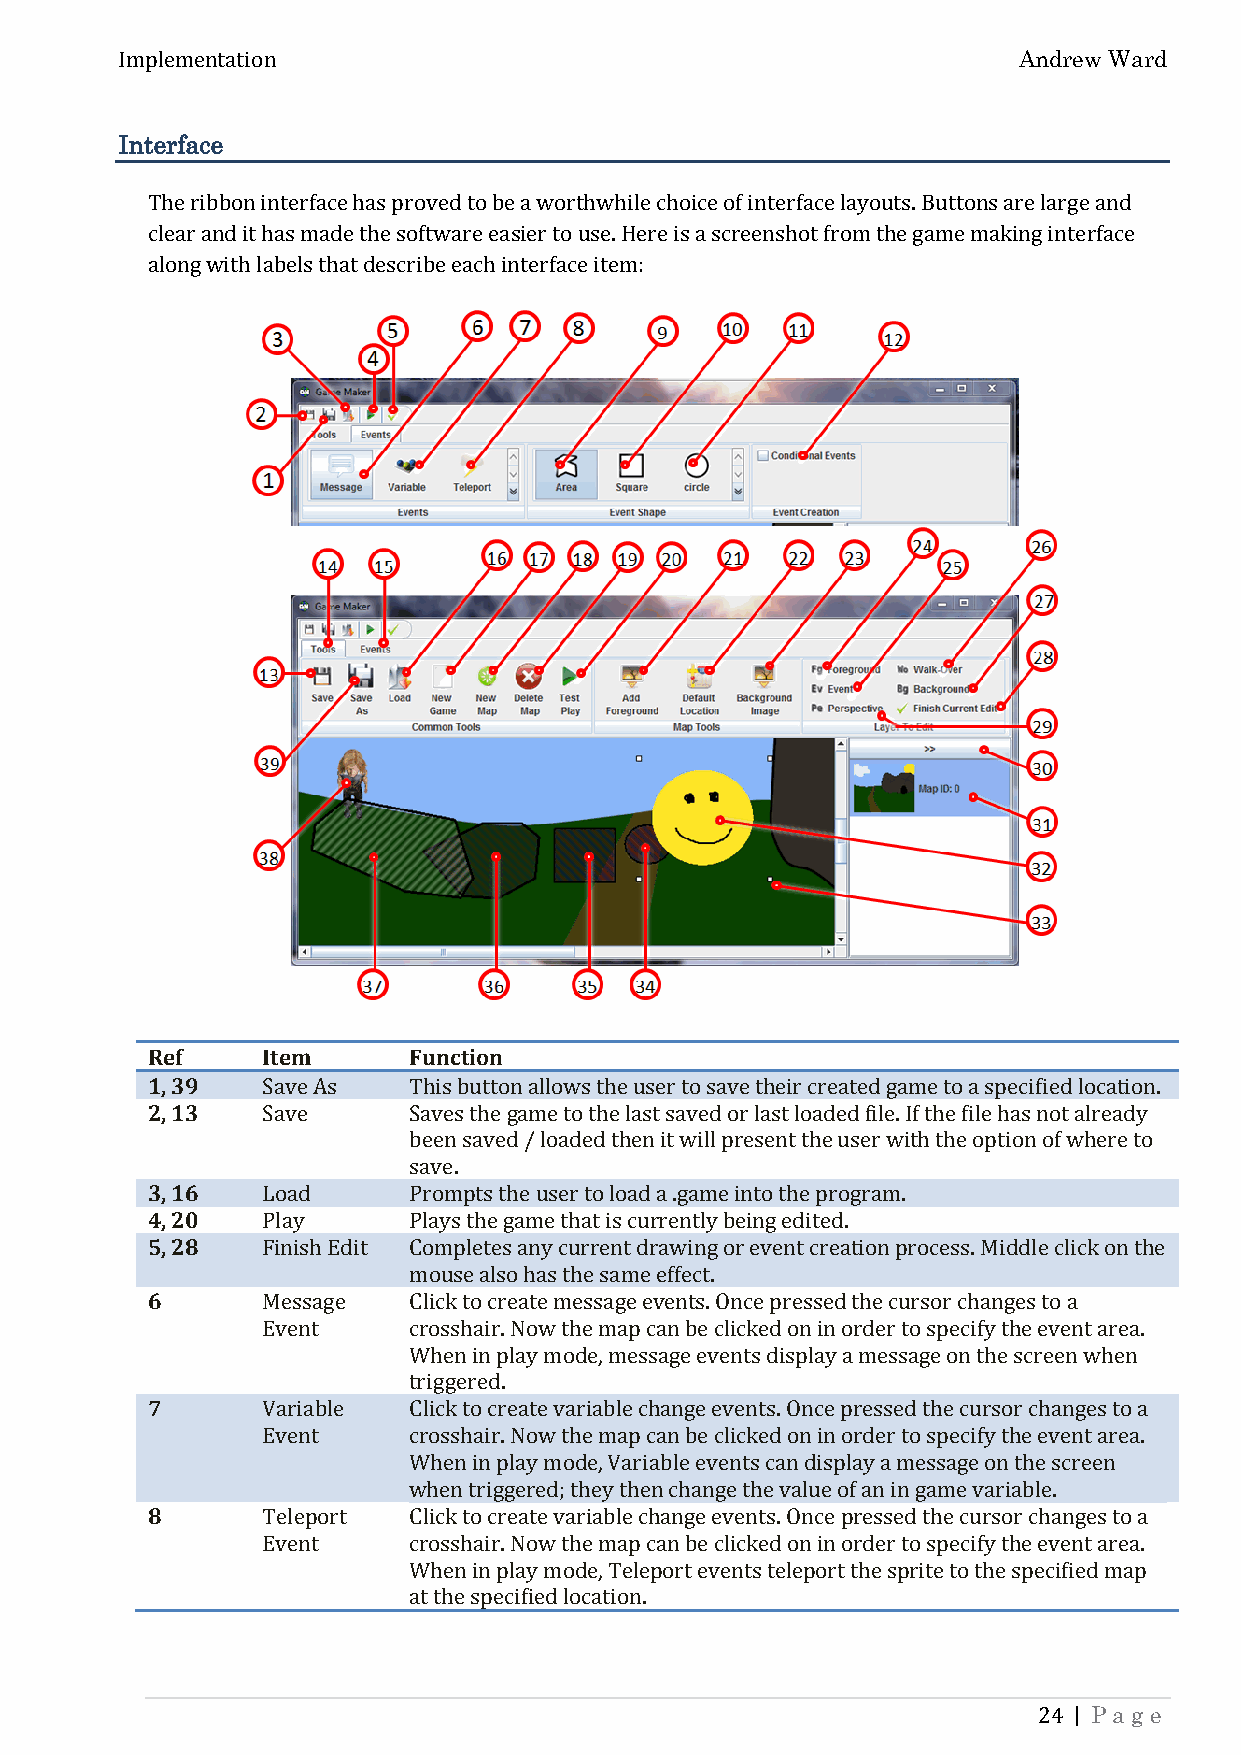
Andrew Ward
 Implementation
 Interface
 The ribbon interface has proved to be a worthwhile choice of interface layouts. Buttons are large and
 clear and it has made the software easier to use. Here is a screenshot from the game making interface
 along with labels that describe each interface item:
 Ref    Item      Function
 1, 39
 2, 13
 Save As   This button allows the user to save their created game to a specified location.
 Save      Saves the game to the last saved or last loaded file. If the file has not already
 3, 16            been saved / loaded then it will present the user with the option of where to
 4, 20            save.
 5, 28  Load      Prompts the user to load a .game into the program.
 Play      Plays the game that is currently being edited.
 6      Finish Edit Completes any current drawing or event creation process. Middle click on the
 mouse also has the same effect.
 Message   Click to create message events. Once pressed the cursor changes to a
 Event     crosshair. Now the map can be clicked on in order to specify the event area.
 7                When in play mode, message events display a message on the screen when
 triggered.
 Variable  Click to create variable change events. Once pressed the cursor changes to a
 Event     crosshair. Now the map can be clicked on in order to specify the event area.
 8                When in play mode, Variable events can display a message on the screen
 when triggered; they then change the value of an in game variable.
 Teleport  Click to create variable change events. Once pressed the cursor changes to a
 Event     crosshair. Now the map can be clicked on in order to specify the event area.
 When in play mode, Teleport events teleport the sprite to the specified map
 at the specified location.
 | Page
 24